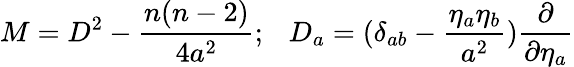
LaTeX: M=D^{2}-\frac{n(n-2)}{4a^{2}};~~~D_{a}=(\delta_{ab}-\frac{{\eta_{a}}\eta_{b}}{a^{2}})\frac{\partial}{\partial{\eta_{a}}}